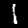
Label: 1